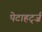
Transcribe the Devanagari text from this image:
पेटाहर्ट्ज़